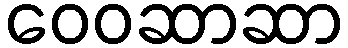
ဝေဝဆာဆာ